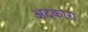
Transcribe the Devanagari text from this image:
अदकारा